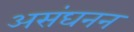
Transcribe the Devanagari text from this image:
असंघनन